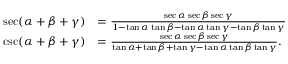
{ \begin{array} { r l } { \sec ( \alpha + \beta + \gamma ) } & { = { \frac { \sec \alpha \sec \beta \sec \gamma } { 1 - \tan \alpha \tan \beta - \tan \alpha \tan \gamma - \tan \beta \tan \gamma } } } \\ { \csc ( \alpha + \beta + \gamma ) } & { = { \frac { \sec \alpha \sec \beta \sec \gamma } { \tan \alpha + \tan \beta + \tan \gamma - \tan \alpha \tan \beta \tan \gamma } } . } \end{array} }